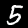
Digit: 5